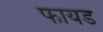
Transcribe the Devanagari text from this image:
फायड